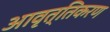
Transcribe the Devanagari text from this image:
आवृत्तिकरण